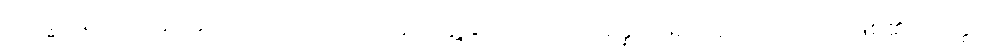
ဘိက္ခုနော၊ ရဟန်းအား။ အာဃာတော၊ ရန်ငြိုးဖွဲ့ခြင်းသည်။ ဥပ္ပန္နော၊ ဖြစ်သည်။ ဟောတိ၊ ဖြစ်၏။ တတ္ထ၊